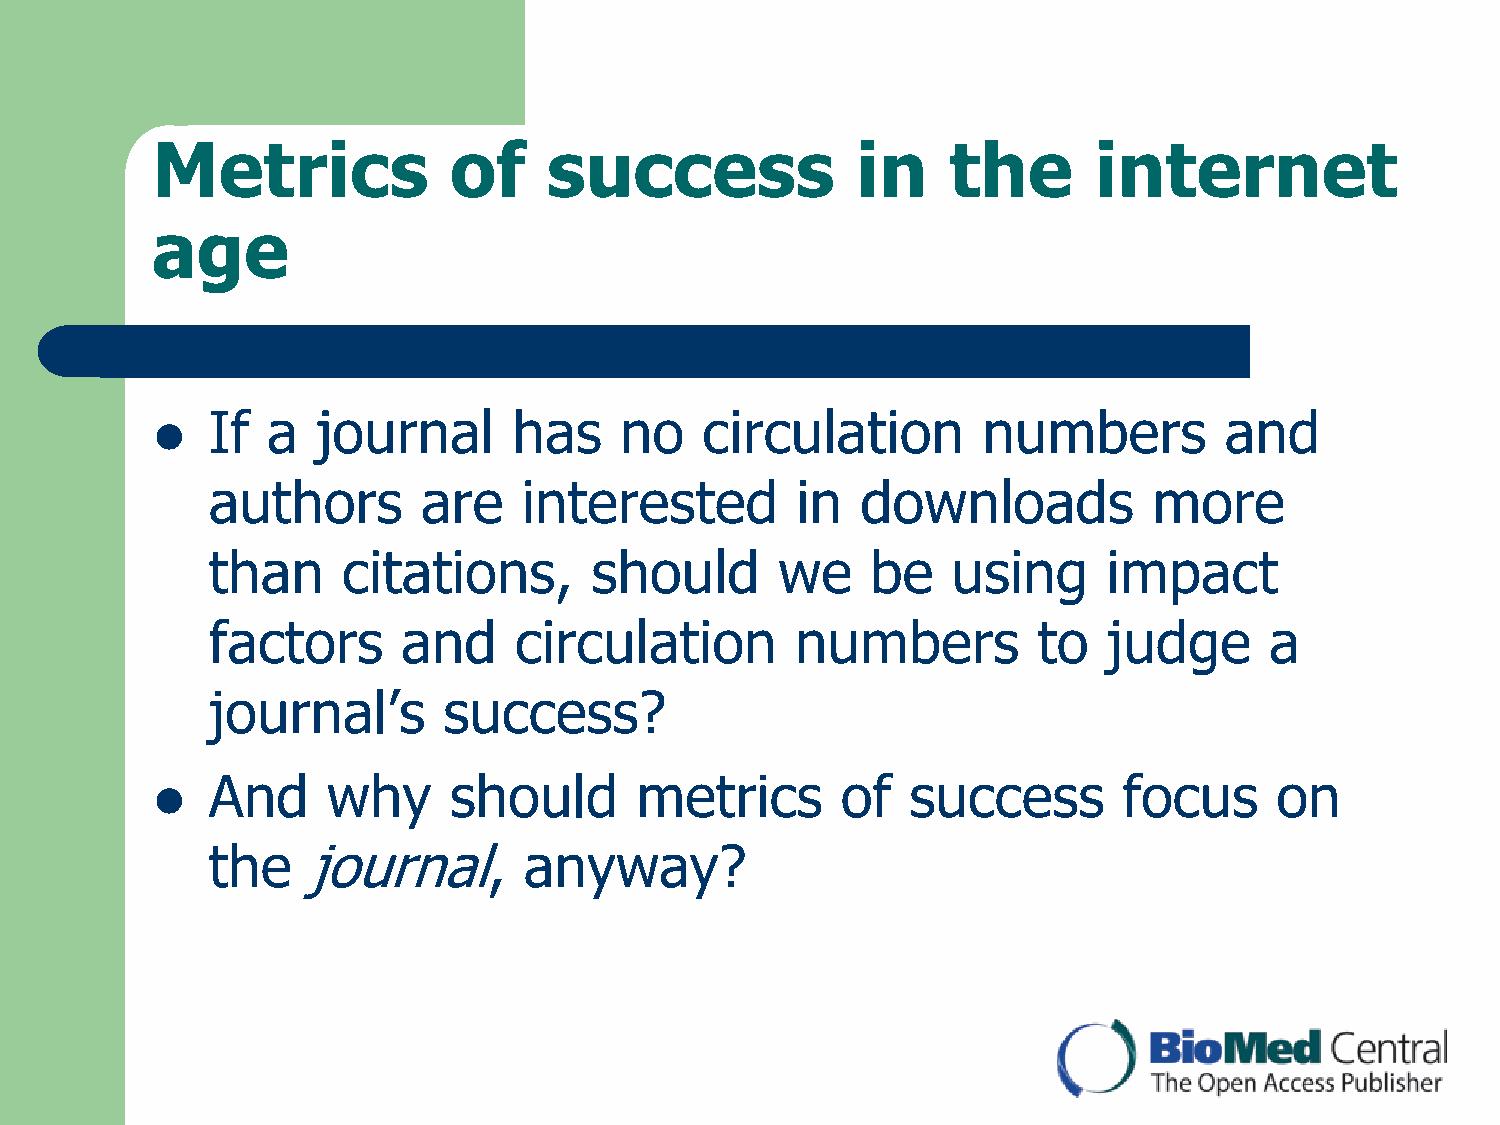
Metrics             of    success              in    the      internet
 age
 If  a  journal      has    no    circulation       numbers         and
 
 authors       are    interested        in  downloads          more
 than     citations,      should       we    be   using     impact
 factors      and    circulation        numbers         to  judge      a
 journal‟s      success?
 And     why     should      metrics       of  success       focus      on
 
 the   journal,       anyway?